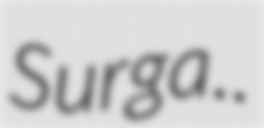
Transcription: Surga..